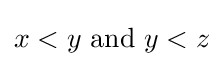
x<y{\text{ and }}y<z